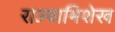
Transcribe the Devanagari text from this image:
राज्याभिशेख